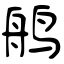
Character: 鸼